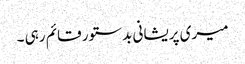
میری پریشانی بد ستور قائم رہی ۔